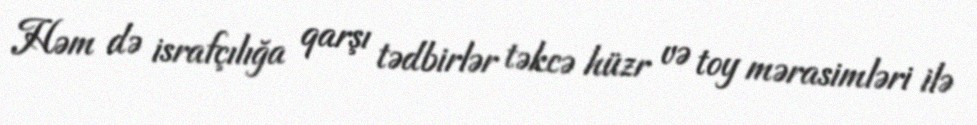
Həm də israfçılığa qarşı tədbirlər təkcə hüzr və toy mərasimləri ilə